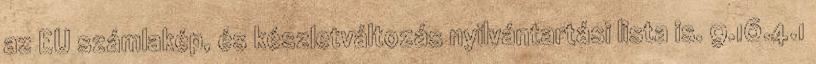
az EU számlakép, és készletváltozás nyilvántartási lista is. 9.16.4.1